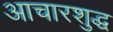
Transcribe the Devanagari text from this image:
आचारशुद्ध